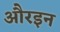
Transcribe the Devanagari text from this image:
औरइन